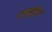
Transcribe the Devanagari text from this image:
मजबुतीने